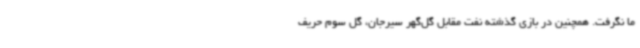
ما نگرفت. همچنین در بازی گذشته نفت مقابل گل‌گهر سیرجان، گل سوم حریف